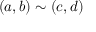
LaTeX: ( a , b ) \sim ( c , d )